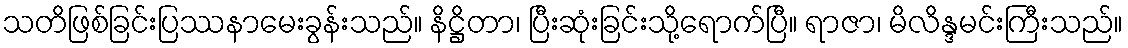
သတိဖြစ်ခြင်းပြဿနာမေးခွန်းသည်။ နိဋ္ဌိတာ၊ ပြီးဆုံးခြင်းသို့ရောက်ပြီ။ ရာဇာ၊ မိလိန္ဒမင်းကြီးသည်။